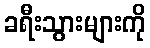
ခရီးသွားများကို